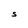
Character: S